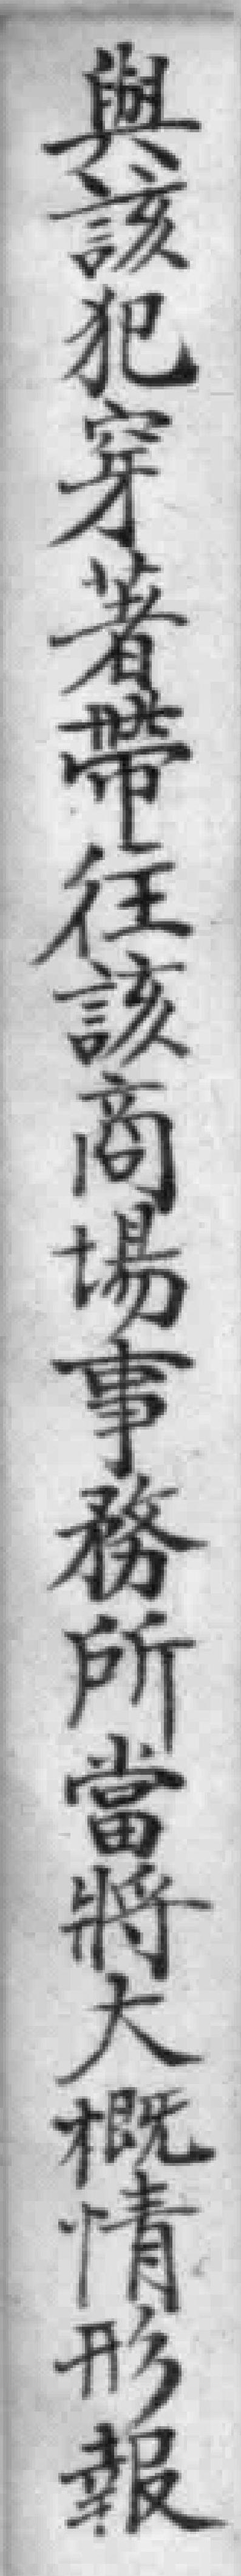
與該犯穿著帶往該商場事務所當將大概情形報